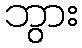
ဘွား